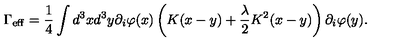
\Gamma _ { \mathrm { e f f } } = \frac { 1 } { 4 } \int d ^ { 3 } x d ^ { 3 } y \partial _ { i } \varphi ( x ) \left( K ( x - y ) + \frac { \lambda } { 2 } K ^ { 2 } ( x - y ) \right) \partial _ { i } \varphi ( y ) .